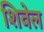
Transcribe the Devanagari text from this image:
शिवेल